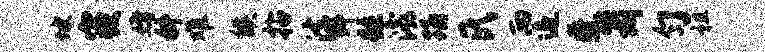
坡寝婚科难候拈法弭踵灞踊氏两追叠箭匀祖